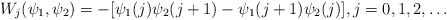
\begin{align*}W_j(\psi_1,\psi_2)=-[\psi_1(j)\psi_2(j+1)-\psi_1(j+1)\psi_2(j)], j=0,1,2,\ldots\end{align*}